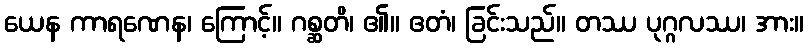
ယေန ကာရဏေန၊ ကြောင့်။ ဂစ္ဆတိ၊ ၏။ ဧတံ၊ ခြင်းသည်။ တဿ ပုဂ္ဂလဿ၊ အား။